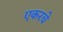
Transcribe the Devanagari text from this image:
एकरचे